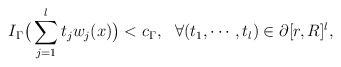
\begin{align*} I_\Gamma \big( \sum_{j=1}^{l}t_j w_j(x)\big) < c_{\Gamma}, \ \ \forall (t_1,\cdots, t_l ) \in \partial [r,R]^l, \end{align*}